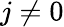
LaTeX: j\ne 0